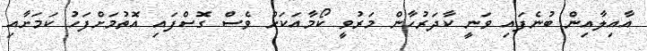
އާއިލާއިން ބުނެފައި ވަނީ ކާދަރުހާން މަރުވީ ކޯމާއަކަށް ވެސް ގޮސްފައި އޮތުމަށްފަހު ކަމަށާއި